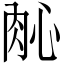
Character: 𬚲